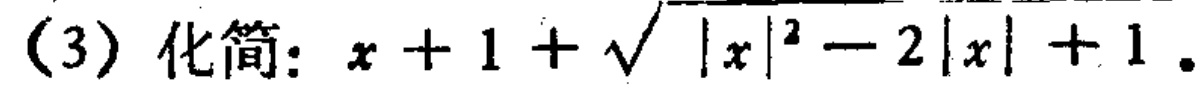
(3) 化简：\(x + 1 + \sqrt{|x|^{2} - 2|x| + 1}\) 。